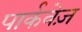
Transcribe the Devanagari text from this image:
पार्कवेज़